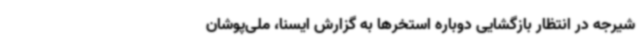
شیرجه در انتظار بازگشایی دوباره استخرها به گزارش ایسنا، ملی‌پوشان